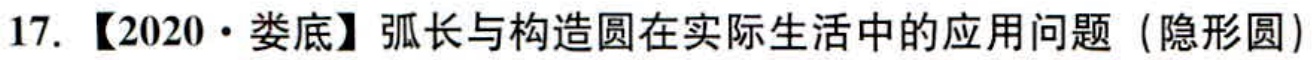
17. 【2020·娄底】弧长与构造圆在实际生活中的应用问题（隐形圆）